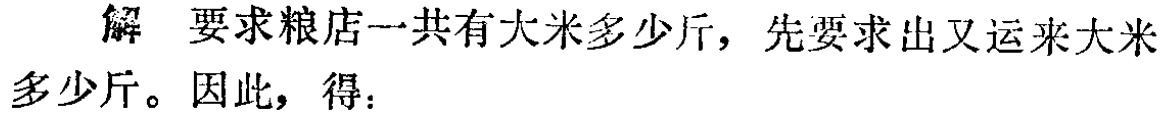
解 要求粮店一共有大米多少斤，先要求出又运来大米多少斤。因此，得：